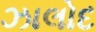
ઝાલોદ